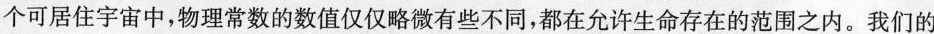
个可居住宇宙中，物理常数的数值仅仅略微有些不同，都在允许生命存在的范围之内。我们的